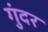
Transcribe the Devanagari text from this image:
गुंदर